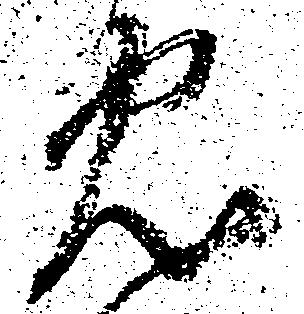
忠